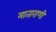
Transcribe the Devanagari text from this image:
माताराणी